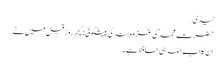
لیڈی…
حضرت محمد ؐ کی غزوہ ہند کی پیشگوئی : کچھ روز قبل میں نے…
ان کا اب اللہ ہی حافظ ہے ۔